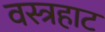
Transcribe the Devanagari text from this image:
वस्त्रहाट